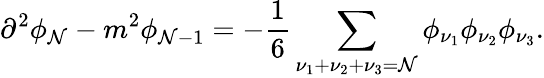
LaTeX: \partial^{2}\phi_{\mathcal{N}}-m^{2}\phi_{\mathcal{N}-1}=-\frac{{1}}{{6}}\sum_{\nu_{1}+\nu_{2}+\nu_{3}=\mathcal{N}}\phi_{\nu_{1}}\phi_{\nu_{2}}\phi_{\nu_{3}}.